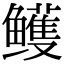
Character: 鳠